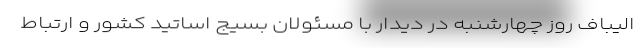
الیباف روز چهارشنبه در دیدار با مسئولان بسیج اساتید کشور و ارتباط